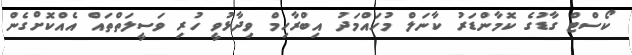
ކޯސްޓް ގާޑުގެ ކޮމާންޑަރު ކާނަލް މުހައްމަދު އިބްރާހިމް ވިދާޅުވީ ހުރި ވަސީލަތްތައް އެއްކޮށްގެން